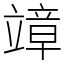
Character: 𥪮